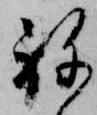
ね